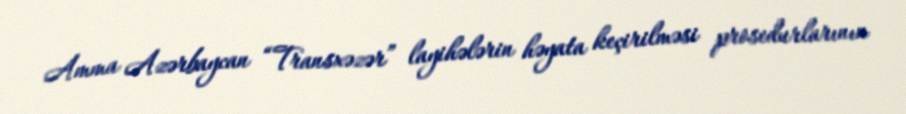
Amma Azərbaycan “Transxəzər” layihələrin həyata keçirilməsi prosedurlarının